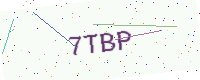
Text: 7TBP